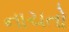
નાચતો